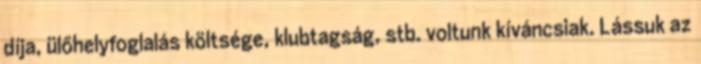
díja, ülőhelyfoglalás költsége, klubtagság, stb. voltunk kíváncsiak. Lássuk az